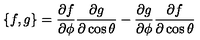
\{ f , g \} = \frac { \partial f } { \partial \phi } \frac { \partial g } { \partial \cos \theta } - \frac { \partial g } { \partial \phi } \frac { \partial f } { \partial \cos \theta }